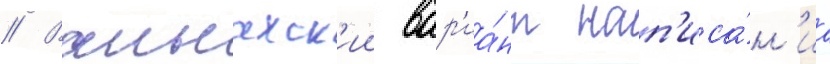
// Ваинахск'ии вар'иа́нт нап'иса́н'иа